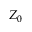
Z _ { 0 }